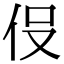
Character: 𬽹